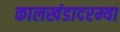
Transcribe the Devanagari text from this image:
कालखंडादरम्या